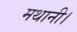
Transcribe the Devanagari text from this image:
मथानी।